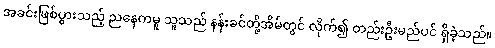
အခင်းဖြစ်ပွားသည့် ညနေကမူ သူသည် နန်းခင်တို့အိမ်တွင် လိုက်၍ တည်းဦးမည်ပင် ရှိခဲ့သည်။